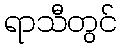
ရာသီတွင်